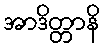
အာဒိတ္တာနိ